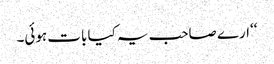
‘‘ارے صاحب یہ کیا بات ہوئی۔